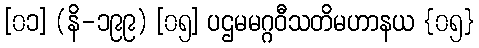
[၀၁] (နိ-၁၉၉) [၀၅] ပဌမမဂ္ဂဝီသတိမဟာနယ {၀၅}